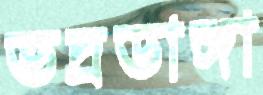
ভদ্রডাঙ্গা